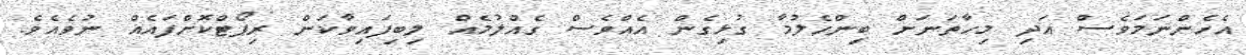
އެހެންނަމަވެސް އަދި މިހާތަނަށް ބިންހެލުމާ ގުޅިގެން އެއްވެސް ގެއްލުމެއް ލިބިފައިވާކަން ރިޕޯޓްކޮށްފައެއް ނުވެއެވެ.